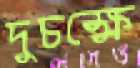
দুচক্ষে